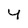
Character: y